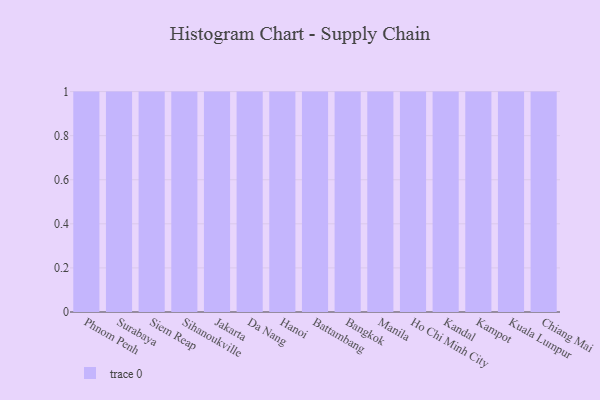
{"axis": {"x": "City", "y": "Conversion Rate (%)"}, "legend": [""], "data": [{"x": "Phnom Penh", "y": 77, "type": ""}, {"x": "Surabaya", "y": 30, "type": ""}, {"x": "Siem Reap", "y": 10, "type": ""}, {"x": "Sihanoukville", "y": 98, "type": ""}, {"x": "Jakarta", "y": 35, "type": ""}, {"x": "Da Nang", "y": 74, "type": ""}, {"x": "Hanoi", "y": 58, "type": ""}, {"x": "Battambang", "y": 4, "type": ""}, {"x": "Bangkok", "y": 10, "type": ""}, {"x": "Manila", "y": 30, "type": ""}, {"x": "Ho Chi Minh City", "y": 84, "type": ""}, {"x": "Kandal", "y": 83, "type": ""}, {"x": "Kampot", "y": 89, "type": ""}, {"x": "Kuala Lumpur", "y": 35, "type": ""}, {"x": "Chiang Mai", "y": 34, "type": ""}]}